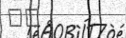
٤٧